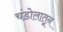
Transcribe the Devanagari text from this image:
चंडोलातून